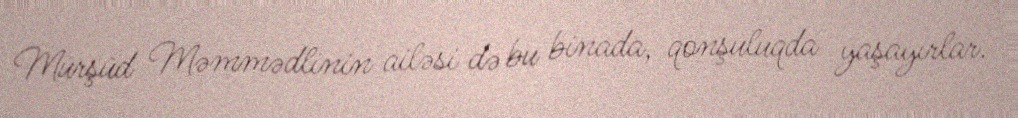
Mürşüd Məmmədlinin ailəsi də bu binada, qonşuluqda yaşayırlar.